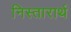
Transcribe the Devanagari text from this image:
निस्तारार्थ